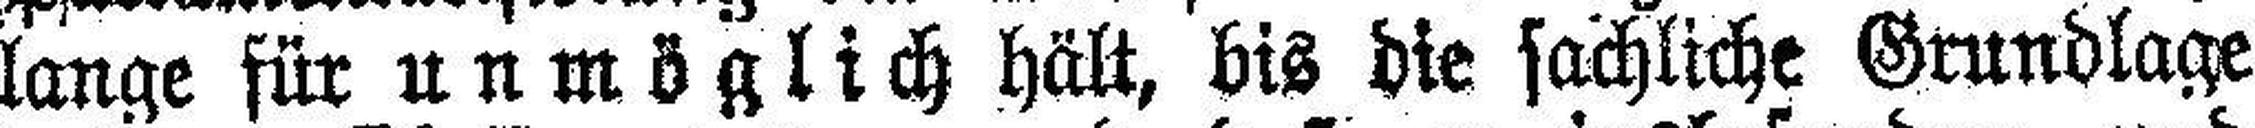
lange für unmöglich hält, bis die sachliche Grundlage